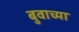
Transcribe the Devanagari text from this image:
बुवाच्या